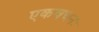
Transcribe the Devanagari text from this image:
एकवचनः